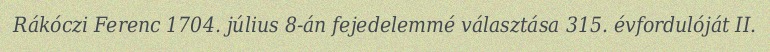
Rákóczi Ferenc 1704. július 8-án fejedelemmé választása 315. évfordulóját II.